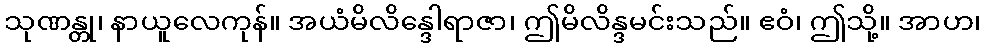
သုဏန္တု၊ နာယူလေကုန်။ အယံမိလိန္ဒေါရာဇာ၊ ဤမိလိန္ဒမင်းသည်။ ဧဝံ၊ ဤသို့။ အာဟ၊